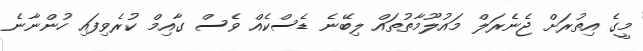
މީގެ އިތުރަށް ޖެނެރަލް މައުލޫމާތުތައް ލިބޭނެ ޑެސްކެއް ވެސް ގާއިމް ކުރެވިފައި ހުންނާނެ